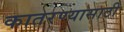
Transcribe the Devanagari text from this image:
कातरण्यासाठी